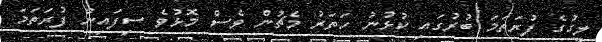
ލީގުގެ ފުރަތަމަ ބުރުގައި ކުޅުނު ހަތަރު މެޗުން ވެސް މޮޅުވެ ސިފައިން ފުރަތަމަ